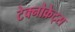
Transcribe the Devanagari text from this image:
टेक्नोक्रेट्स